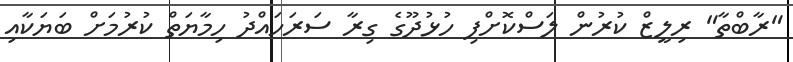
"ރާބްތާ" ރިލީޒް ކުރުން ލަސްކޮށްފި ހުޅުދޫގެ ގިރާ ސަރަހައްދު ހިމާޔަތް ކުރުމަށް ބަޔަކާއި